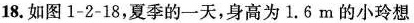
18.如图1-2-18，夏季的一天，身高为1.6m的小玲想